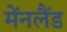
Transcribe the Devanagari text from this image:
मेंनलैंड